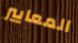
المعايير